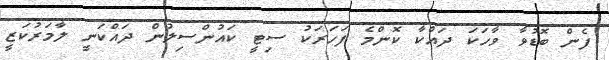
ފެން ބޮޑުވާ ވާހަކަ ދައްކާ ކޮންމެ ފަހަރަކު ސިޓީ ކައުންސިލުން ދައްކަނީ ލާމަރުކަޒީ